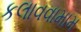
કલાવવામામ